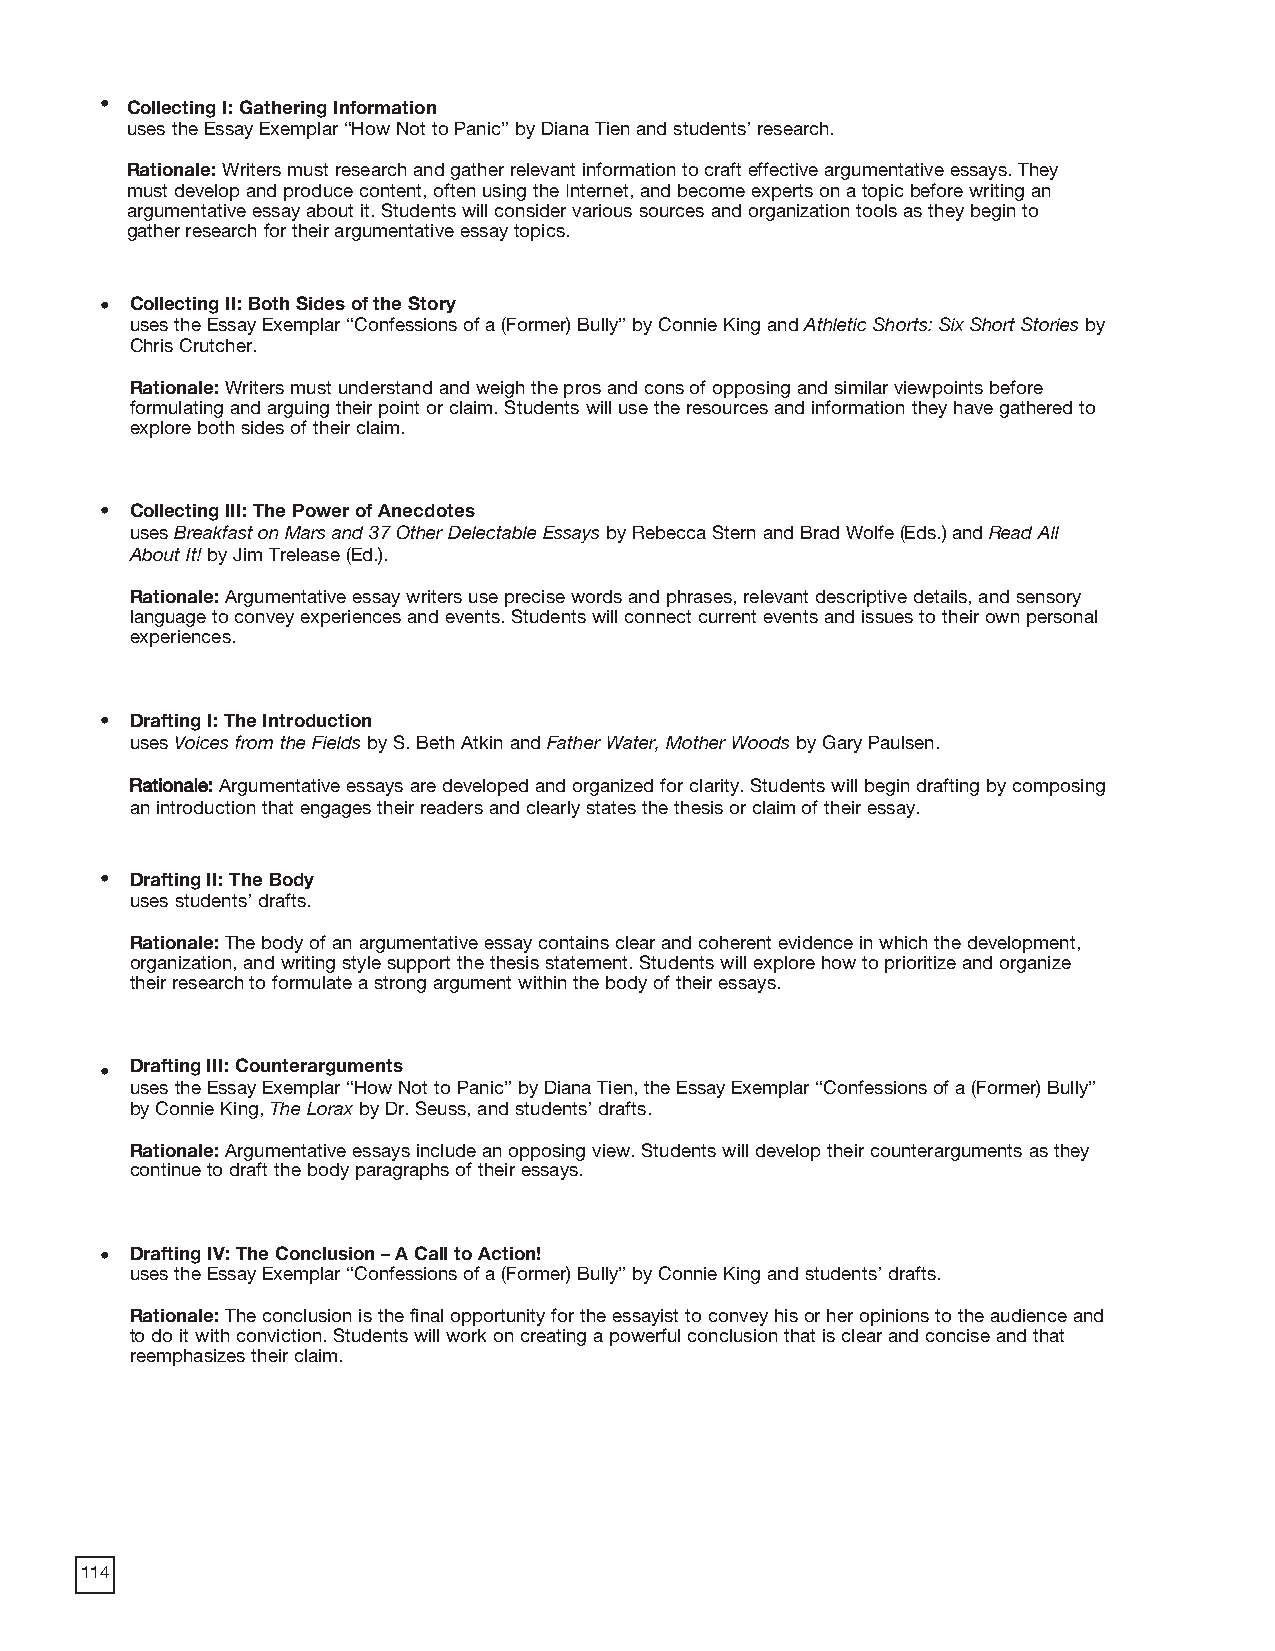
• Collecting I: Gathering Information
 uses the Essay Exemplar “How Not to Panic” by Diana Tien and students’ research.
 Rationale: Writers must research and gather relevant information to craft effective argumentative essays. They
 must develop and produce content, often using the Internet, and become experts on a topic before writing an
 argumentative essay about it. Students will consider various sources and organization tools as they begin to
 gather research for their argumentative essay topics.
 • Collecting II: Both Sides of the Story
 uses the Essay Exemplar “Confessions of a (Former) Bully” by Connie King and Athletic Shorts: Six Short Stories by
 Chris Crutcher.
 Rationale: Writers must understand and weigh the pros and cons of opposing and similar viewpoints before
 formulating and arguing their point or claim. Students will use the resources and information they have gathered to
 explore both sides of their claim.
 • Collecting III: The Power of Anecdotes
 uses Breakfast on Mars and 37 Other Delectable Essays by Rebecca Stern and Brad Wolfe (Eds.) and Read All
 About It! by Jim Trelease (Ed.).
 Rationale: Argumentative essay writers use precise words and phrases, relevant descriptive details, and sensory
 language to convey experiences and events. Students will connect current events and issues to their own personal
 experiences.
 • Drafting I: The Introduction
 uses Voices from the Fields by S. Beth Atkin and Father Water, Mother Woods by Gary Paulsen.
 RRaattiioonnaallee:: Argumentative essays are developed and organized for clarity. Students will begin drafting by composing
 an introduction that engages their readers and clearly states the thesis or claim of their essay.
 • Drafting II: The Body
 uses students’ drafts.
 Rationale: The body of an argumentative essay contains clear and coherent evidence in which the development,
 organization, and writing style support the thesis statement. Students will explore how to prioritize and organize
 their research to formulate a strong argument within the body of their essays.
 • Drafting III: Counterarguments
 uses the Essay Exemplar “How Not to Panic” by Diana Tien, the Essay Exemplar “Confessions of a (Former) Bully”
 by Connie King, The Lorax by Dr. Seuss, and students’ drafts.
 Rationale: Argumentative essays include an opposing view. Students will develop their counterarguments as they
 continue to draft the body paragraphs of their essays.
 • Drafting IV: The Conclusion – A Call to Action!
 uses the Essay Exemplar “Confessions of a (Former) Bully” by Connie King and students’ drafts.
 Rationale: The conclusion is the final opportunity for the essayist to convey his or her opinions to the audience and
 to do it with conviction. Students will work on creating a powerful conclusion that is clear and concise and that
 reemphasizes their claim.
 114